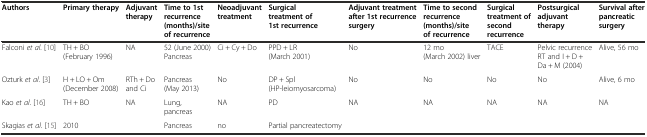
<table><thead><tr><td><b>Authors</b></td><td><b>Primary therapy</b></td><td><b>Adjuvant therapy</b></td><td><b>Time to 1st recurrence (months)/site of recurrence</b></td><td><b>Neoadjuvant treatment</b></td><td><b>Surgical treatment of 1st recurrence</b></td><td><b>Adjuvant treatment after 1st recurrence surgery</b></td><td><b>Time to second recurrence (months)/site of recurrence</b></td><td><b>Surgical treatment of second recurrence</b></td><td><b>Postsurgical adjuvant therapy</b></td><td><b>Survival after pancreatic surgery</b></td></tr></thead><tbody><tr><td>Falconi <i>et al</i>. [10]</td><td>TH + BO (February 1996)</td><td>NA</td><td>52 (June 2000) Pancreas</td><td>Ci + Cy + Do</td><td>PPD + LR (March 2001)</td><td>No</td><td>12 mo (March 2002) liver</td><td>TACE</td><td>Pelvic recurrence RT and I + D + Da + M (2004)</td><td>Alive, 56 mo</td></tr><tr><td>Ozturk <i>et al</i>. [3]</td><td>H + LO + Om (December 2008)</td><td>RTh + Do and Ci</td><td>Pancreas (May 2013)</td><td>No</td><td>DP + Spl (HP-leiomyosarcoma)</td><td>No</td><td>No</td><td>No</td><td>No</td><td>Alive, 6 mo</td></tr><tr><td>Kao <i>et al</i>. [16]</td><td>TH + BO</td><td>NA</td><td>Lung, pancreas</td><td>NA</td><td>PD</td><td>NA</td><td>NA</td><td>NA</td><td>NA</td><td>NA</td></tr><tr><td>Skagias <i>et al</i>. [15]</td><td>2010</td><td></td><td>Pancreas</td><td>no</td><td>Partial pancreatectomy</td><td></td><td></td><td></td><td></td><td></td></tr></tbody></table>